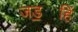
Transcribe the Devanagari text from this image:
जड॒हिं